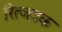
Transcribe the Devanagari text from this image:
रित्ज्हाक